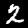
Label: 2